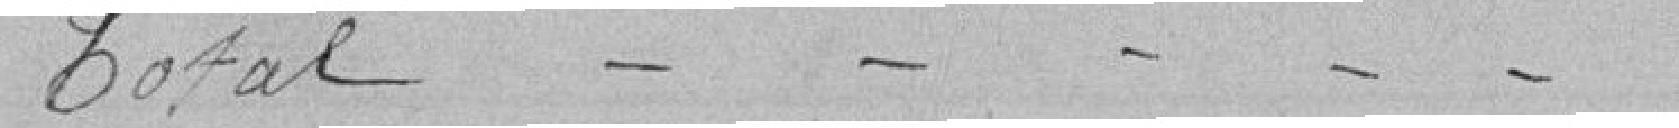
Total